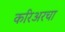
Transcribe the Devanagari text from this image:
करिअरचा